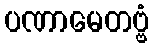
ပဏာမေတဗ္ဗံ